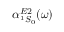
\alpha _ { ^ 1 S _ { 0 } } ^ { E 2 } ( \omega )